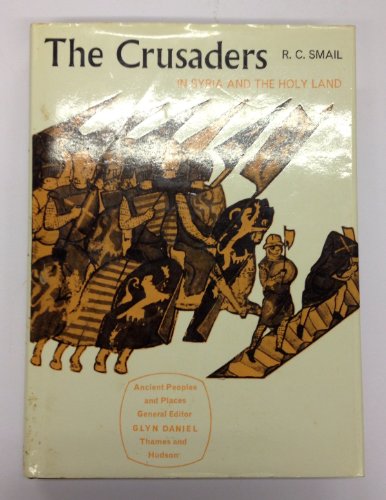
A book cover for Crusaders in Syria and the Holy Land (Ancient Peoples and Places); R. C. Smail; Travel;